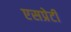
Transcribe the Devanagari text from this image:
एसप्रेटी